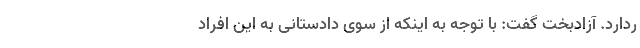
ردارد. آزادبخت گفت: با توجه به اینکه از سوی دادستانی به این افراد